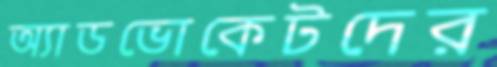
অ্যাডভোকেটদের